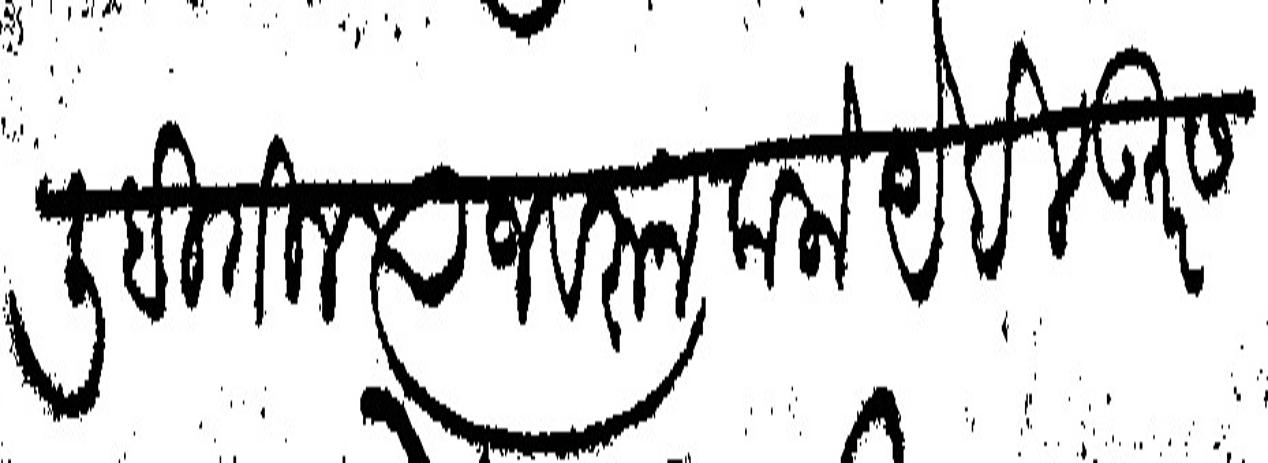
Transliteration (Devanagari): लिहितील त्याजवरून कलो येईल उतर सत्वर